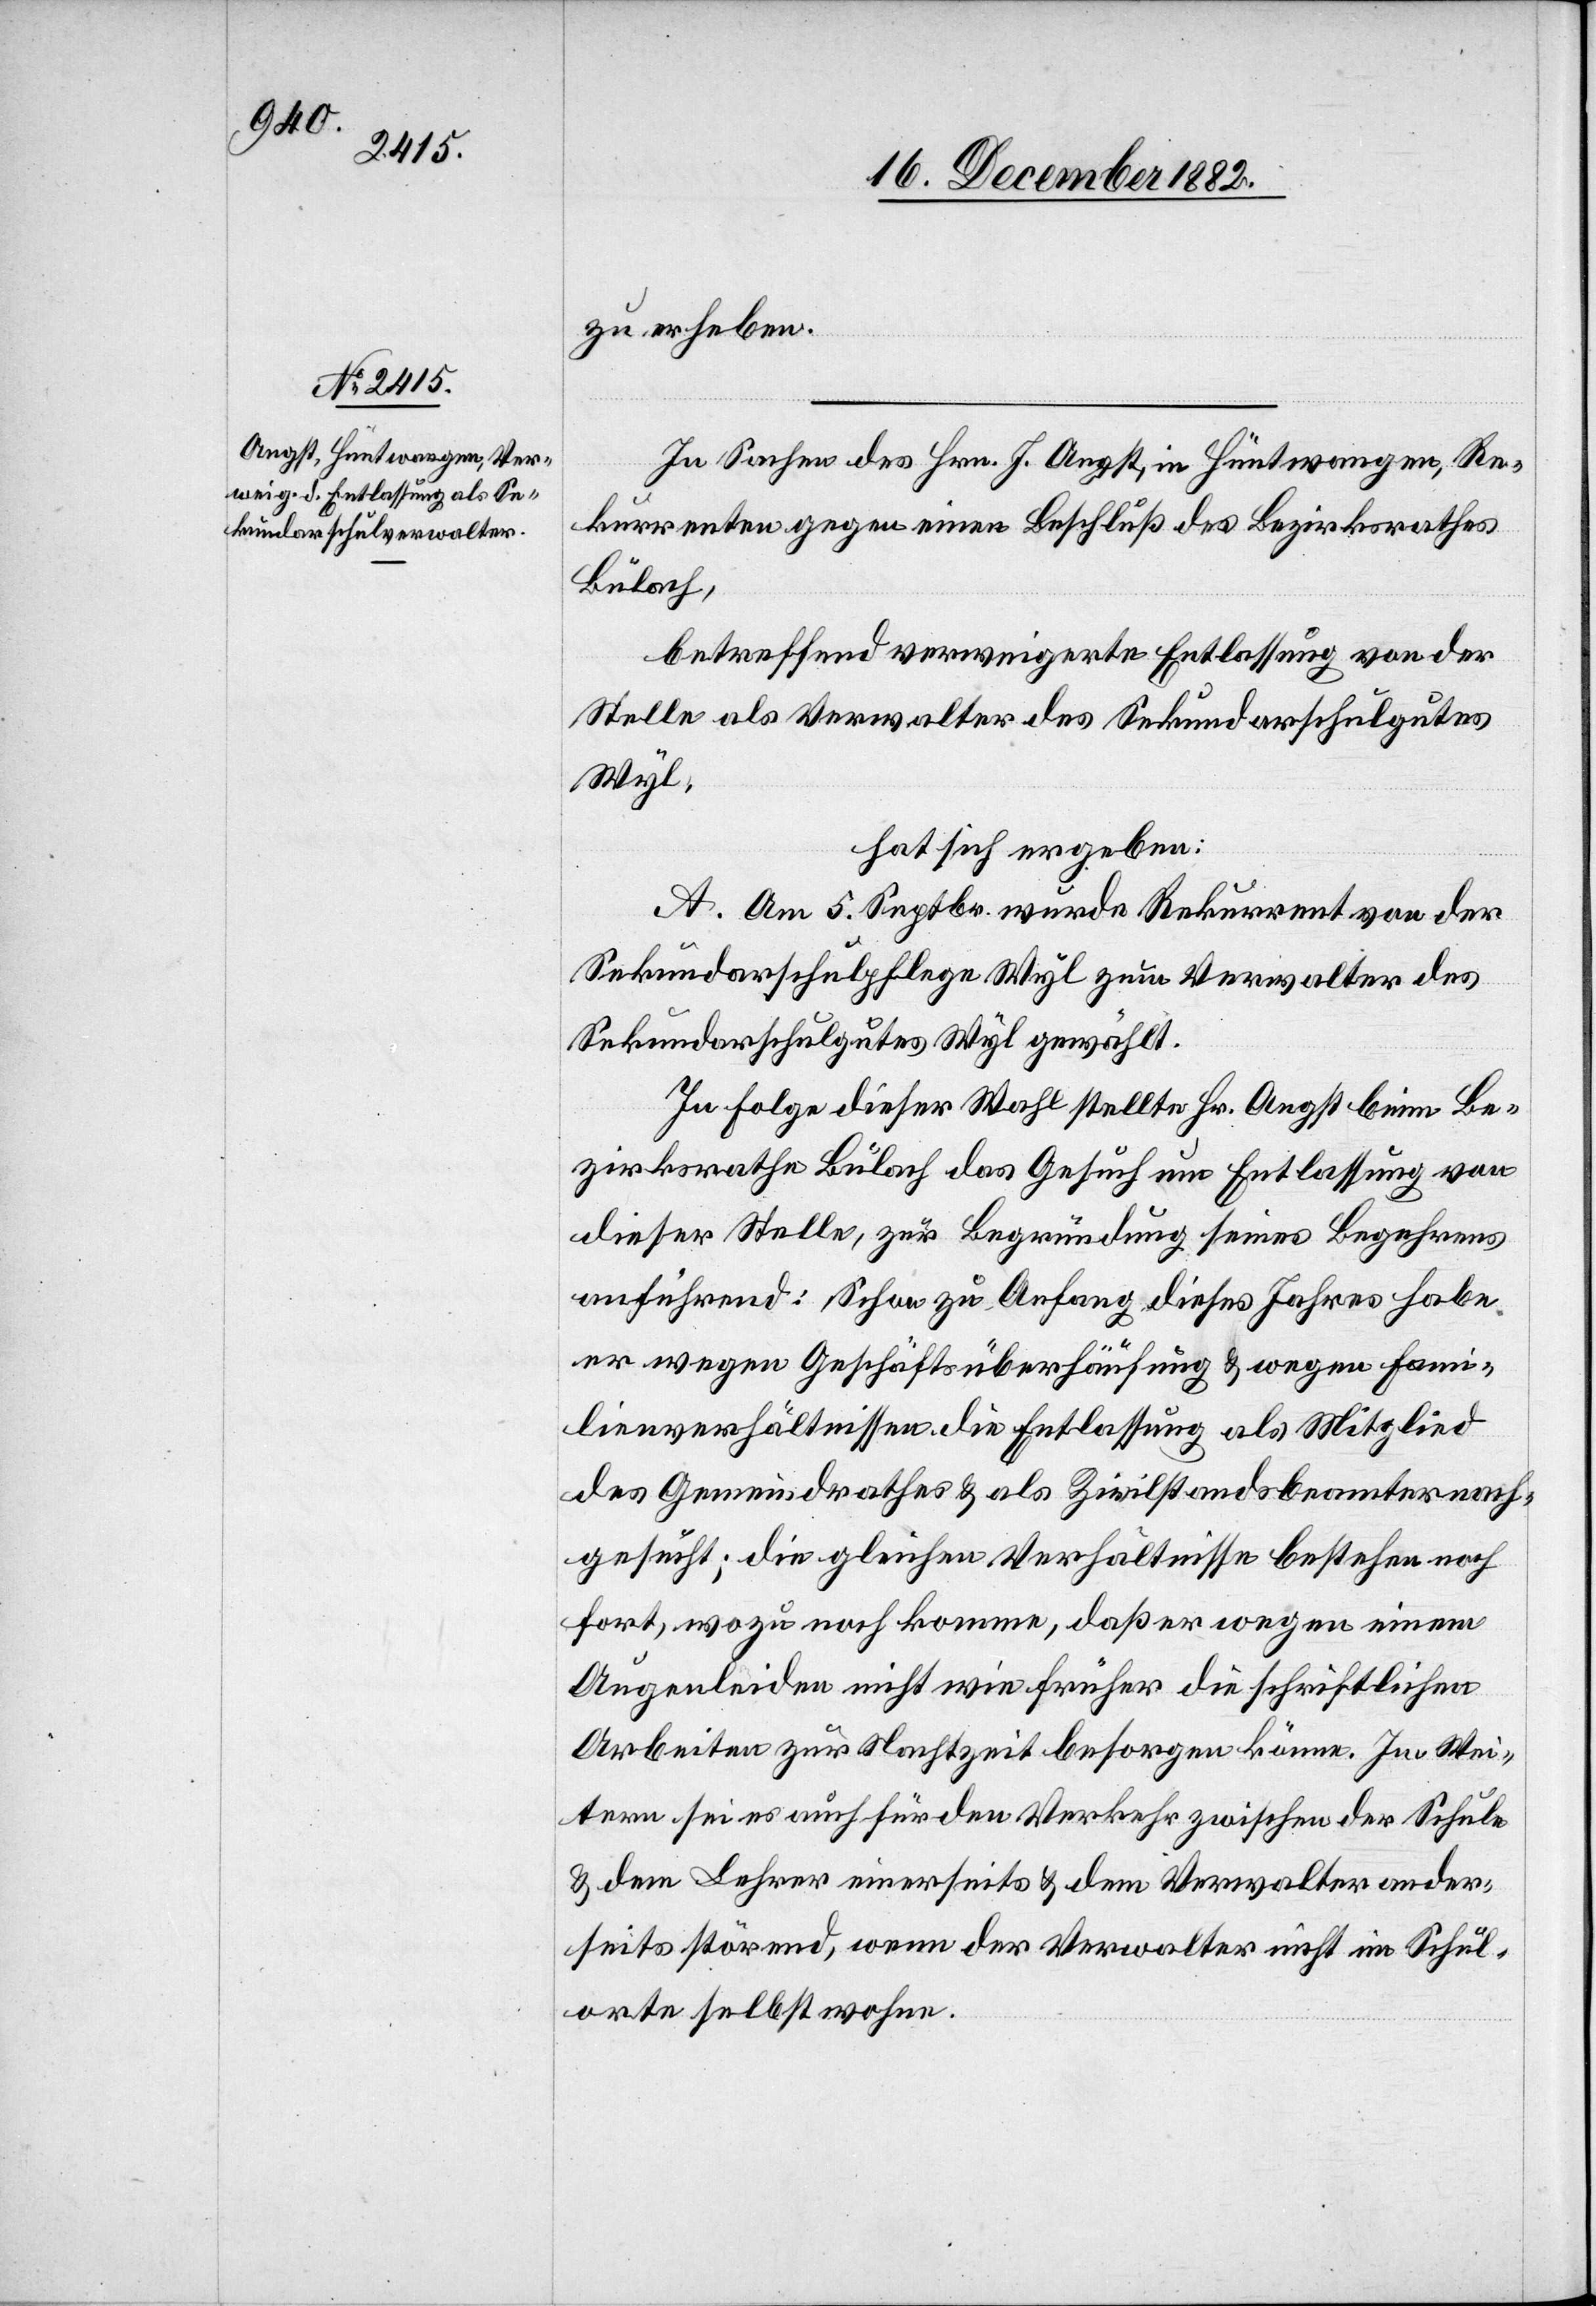
zu erheben.
In Sachen des Hrn. J. Angst, in Hüntwangen, Re¬
kurrenten gegen einen Beschluß des Bezirksrathes
Bülach,
betreffend verweigerte Entlassung von der
Stelle als Verwalter des Sekundarschulgutes
Wyl,
hat sich ergeben:
A. Am 5. Septbr. wurde Rekurrent von der
Sekundarschulpflege Wyl zum Verwalter des
Sekundarschulgutes Wyl gewählt.
In Folge dieser Wahl stellte Hr. Angst beim Be¬
zirksrathe Bülach das Gesuch um Entlassung von
dieser Stelle, zur Begründung seines Begehrens
ausführend: Schon zu Anfang dieses Jahres habe
er wegen Geschäftsüberhäufung & wegen Fami¬
lienverhältnissen die Entlassung als Mitglied
des Gemeindrathes & als Zivilstandsbeamter nach¬
gesucht; die gleichen Verhältnisse bestehen noch
fort, wozu noch komme, daß er wegen einem
Augenleiden nicht wie früher die schriftlichen
Arbeiten zur Nachtzeit besorgen könne. Im Wei¬
tern sei es auch für den Verkehr zwischen der Schule
& dem Lehrer einerseits & dem Verwalter ander¬
seits störend, wenn der Verwalter nicht im Schul¬
orte selbst wohne.